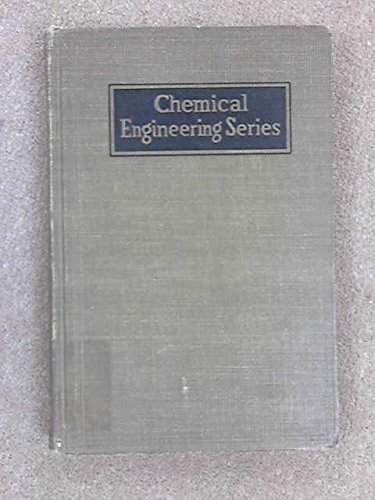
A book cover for The Properties of Gases and Liquids; Their Estimation and Correlation; robert reid; Science & Math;